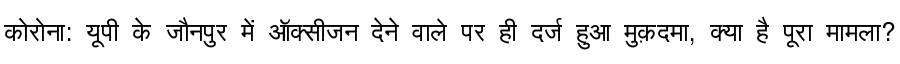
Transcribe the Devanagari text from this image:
कोरोना: यूपी के जौनपुर में ऑक्सीजन देने वाले पर ही दर्ज हुआ मुक़दमा, क्या है पूरा मामला?